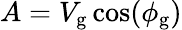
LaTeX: A=V_{\mathrm{g}}\cos(\phi_{\mathrm{g}})